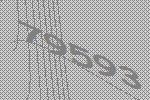
79593